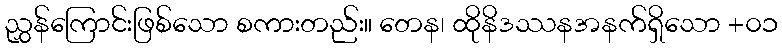
ညွှန်ကြောင်းဖြစ်သော စကားတည်း။ တေန၊ ထိုနိဒဿနအနက်ရှိသော +၀၁